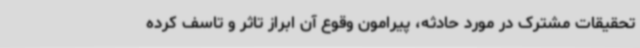
تحقیقات مشترک در مورد حادثه، پیرامون وقوع آن ابراز تاثر و تاسف کرده